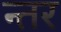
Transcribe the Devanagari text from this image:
न्तर